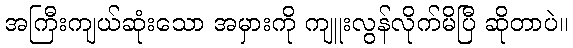
အကြီးကျယ်ဆုံးသော အမှားကို ကျူးလွန်လိုက်မိပြီ ဆိုတာပဲ။